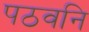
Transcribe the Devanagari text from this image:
पठवनि